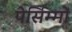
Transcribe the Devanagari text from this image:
पेर्सिम्मों